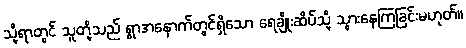
သို့ရာတွင် သူတို့သည် ရွာအနောက်တွင်ရှိသော ရေချိုးဆိပ်သို့ သွားနေကြခြင်းမဟုတ်။